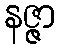
နဇ္ဇာ